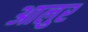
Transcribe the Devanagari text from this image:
आलुर